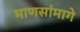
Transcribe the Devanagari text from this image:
माणसांमागे